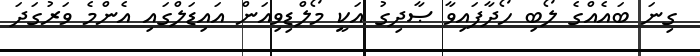
ގިނަ ބައެއްގެ ލޯބި ހޯދާފައިވާ ޞާދިގު އަކީ މޯލްޑިވިއަން އައިޑަލްގައި އެންމެ ވަރުގަދަ